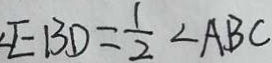
\angle E B D = \frac { 1 } { 2 } \angle A B C